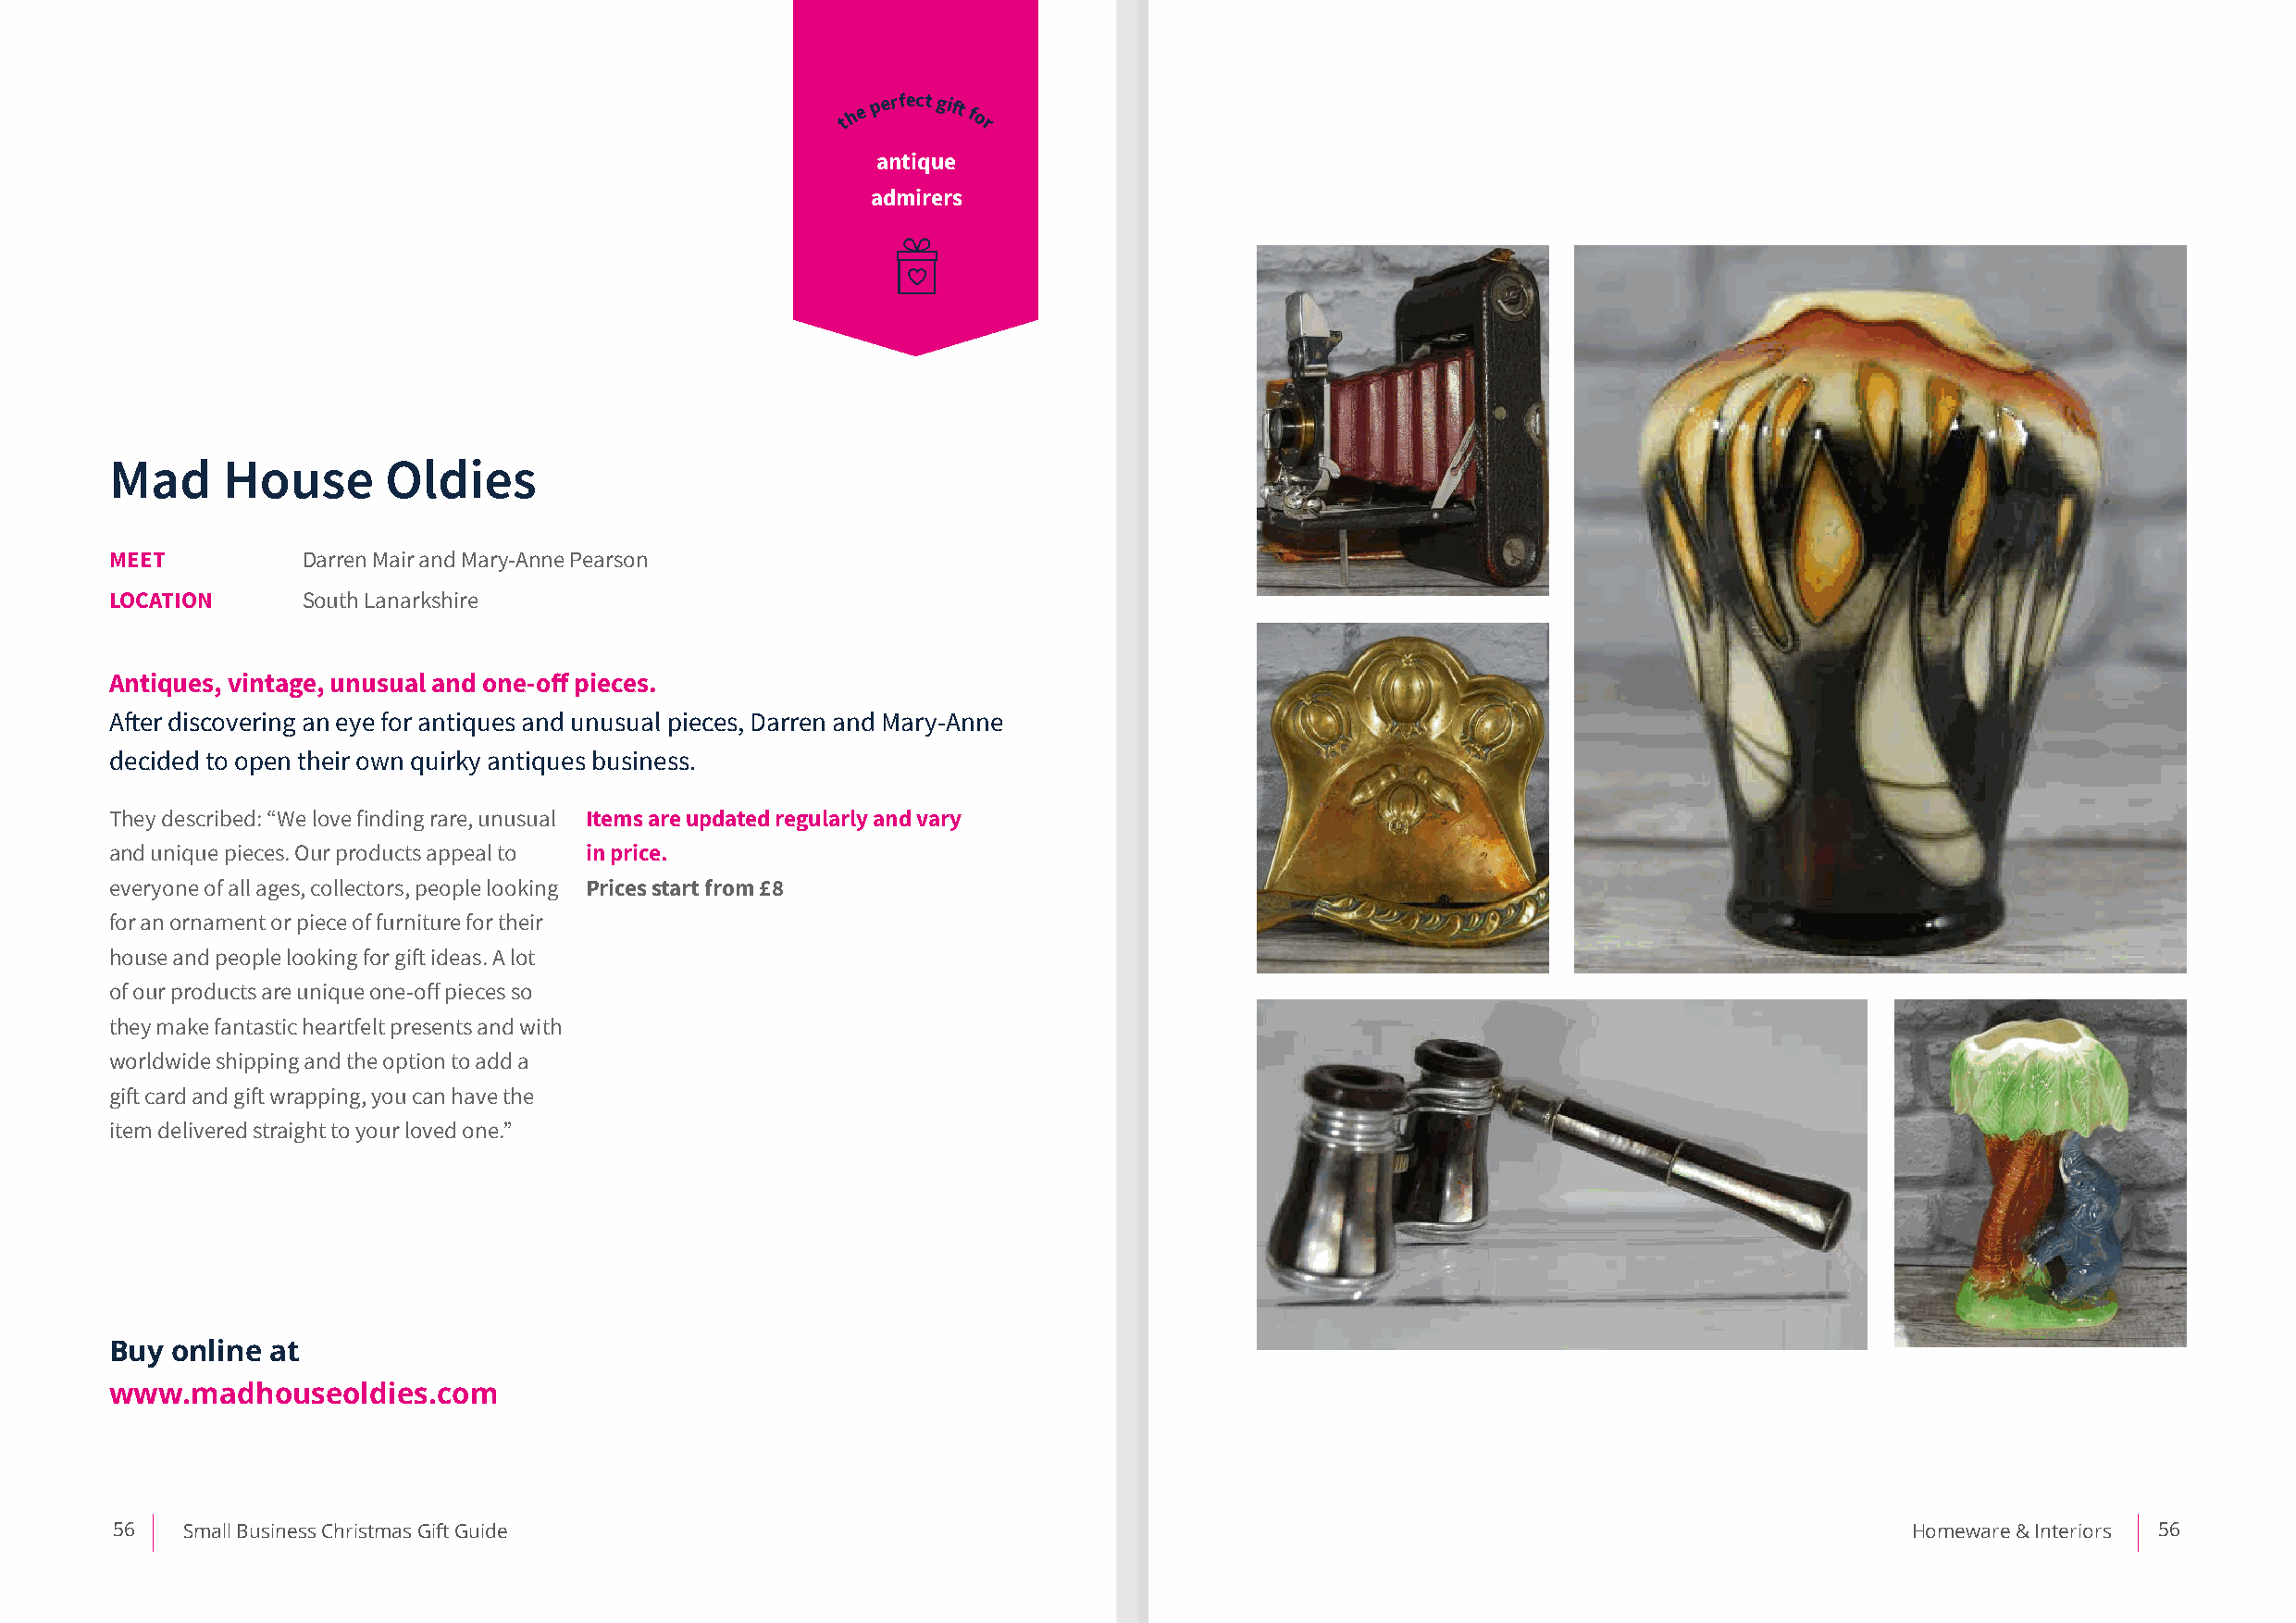
th e p erfect gift for
 antique
 admirers
 Mad     House       Oldies
 MEET          Darren Mair and Mary-Anne Pearson
 LOCATION      South Lanarkshire
 Antiques, vintage, unusual and one-off pieces.
 After discovering an eye for antiques and unusual pieces, Darren and Mary-Anne
 decided to open their own quirky antiques business.
 They described: “We love finding rare, unusual Items are updated regularly and vary
 and unique pieces. Our products appeal to in price.
 everyone of all ages, collectors, people looking Prices start from £8
 for an ornament or piece of furniture for their
 house and people looking for gift ideas. A lot
 of our products are unique one-off pieces so
 they make fantastic heartfelt presents and with
 worldwide shipping and the option to add a
 gift card and gift wrapping, you can have the
 item delivered straight to your loved one.”
 Buy online at
 www.madhouseoldies.com
 56   Small Business Christmas Gift Guide                                                                                         Homeware & Interiors 56